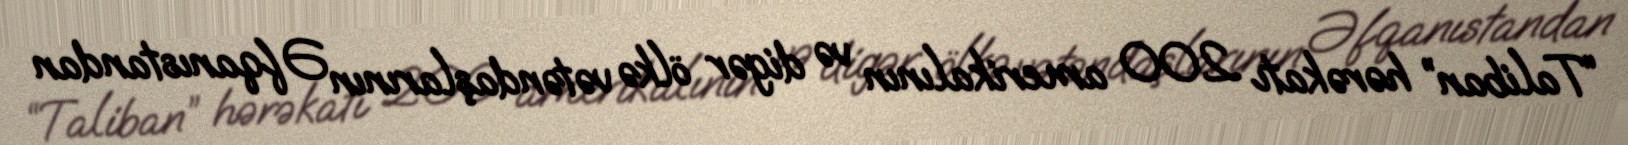
“Taliban” hərəkatı 200 amerikalının və digər ölkə vətəndaşlarının Əfqanıstandan